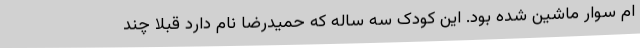
ام سوار ماشین شده بود. این کودک سه ساله که حمیدرضا نام دارد قبلا چند